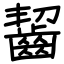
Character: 齧